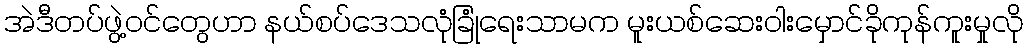
အဲဒီတပ်ဖွဲ့ဝင်တွေဟာ နယ်စပ်ဒေသလုံခြုံရေးသာမက မူးယစ်ဆေးဝါးမှောင်ခိုကုန်ကူးမှုလို